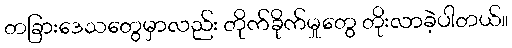
တခြားဒေသတွေမှာလည်း တိုက်ခိုက်မှုတွေ တိုးလာခဲ့ပါတယ်။